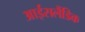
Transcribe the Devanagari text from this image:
आईसलैंडिक